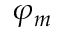
\varphi _ { m }